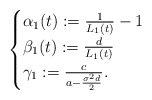
\begin{align*}\begin{cases} \alpha_1(t): =\frac{1}{L_1(t)}-1 \\ \beta_1(t): =\frac{d}{L_1(t)} \\\gamma_1:=\frac{c}{a-\frac{\sigma^2d}{2}}.\end{cases}\end{align*}